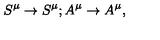
S ^ { \mu } \rightarrow S ^ { \mu } ; A ^ { \mu } \rightarrow A ^ { \mu } ,